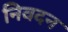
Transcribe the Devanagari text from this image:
निवदन